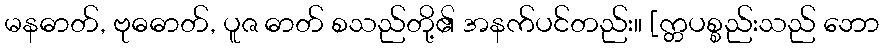
မနဓာတ်, ဗုဓဓာတ်, ပူဇ ဓာတ် စသည်တို့၏ အနက်ပင်တည်း။ [က္တပစ္စည်းသည် ဘော